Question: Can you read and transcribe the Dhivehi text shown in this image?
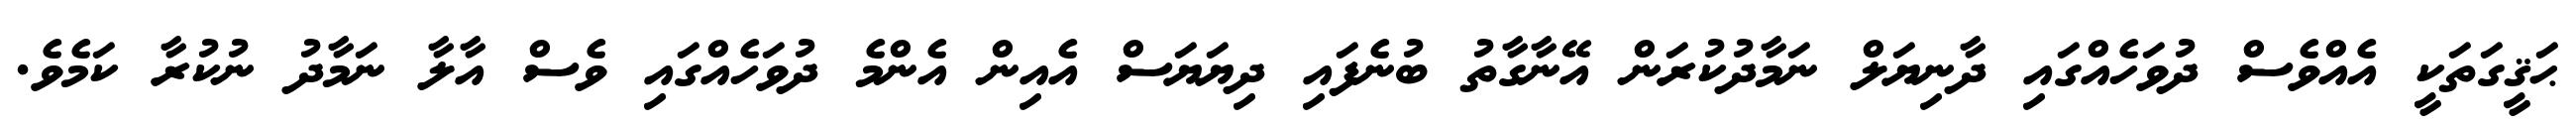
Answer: ޙަޤީގަތަކީ އެއްވެސް ދުވަހެއްގައި ދާނިޔަލް ނަމާދުކުރަން އޭނާގާތު ބުނެފައި ދިޔަޔަސް އެއިން އެންމެ ދުވަހެއްގައި ވެސް އާލާ ނަމާދު ނުކުރާ ކަމެވެ.